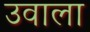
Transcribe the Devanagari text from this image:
उवाला